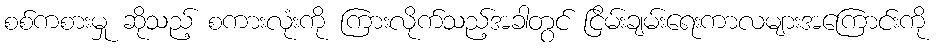
စစ်ကစားမှု ဆိုသည့် စကားလုံးကို ကြားလိုက်သည့်အခါတွင် ငြိမ်းချမ်းရေးကာလများအကြောင်းကို